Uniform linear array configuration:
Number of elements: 16
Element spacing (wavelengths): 1
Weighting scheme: binomial
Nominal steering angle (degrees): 0
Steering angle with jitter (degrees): -0.5499
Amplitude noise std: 0.05
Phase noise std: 0.05

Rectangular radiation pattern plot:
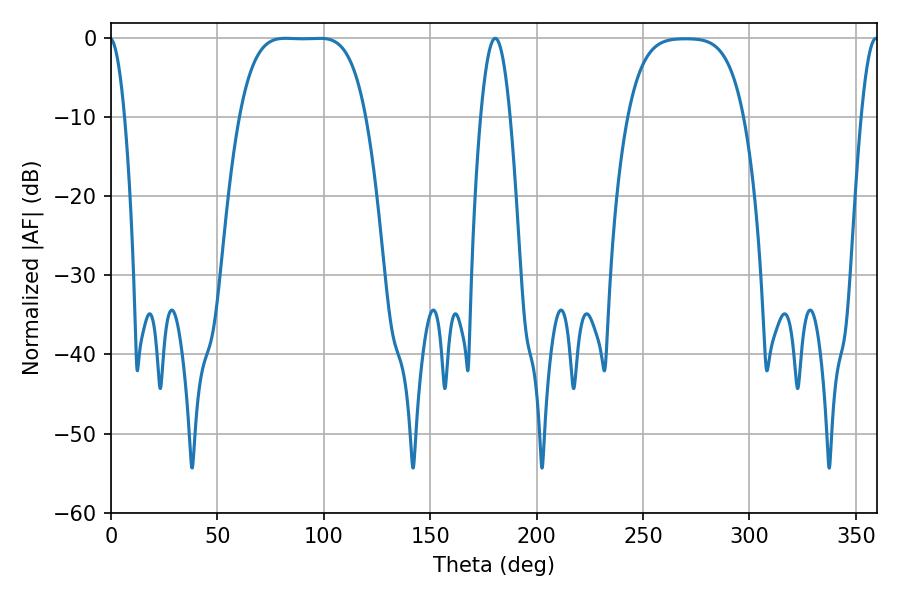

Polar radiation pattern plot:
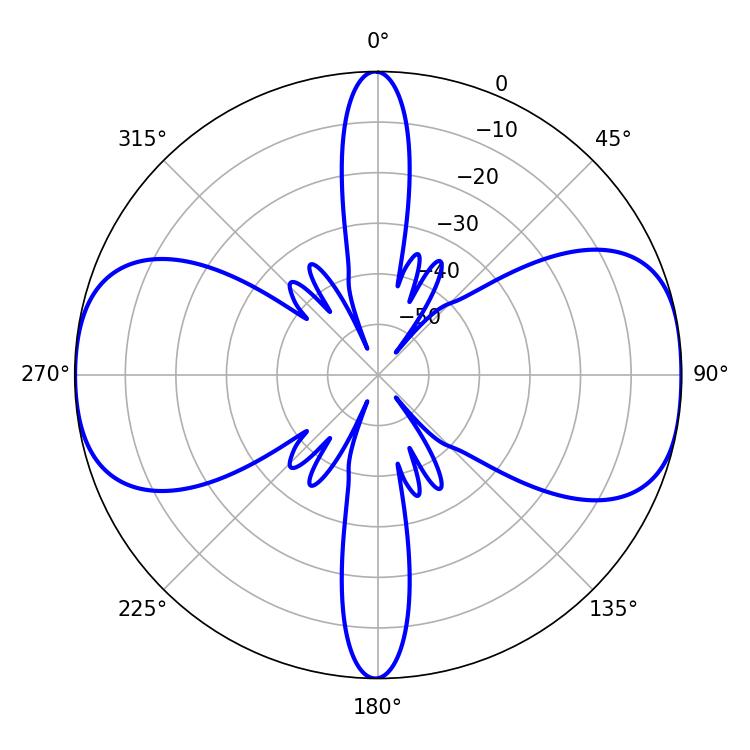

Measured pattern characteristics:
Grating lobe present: TRUE
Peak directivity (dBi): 12.572
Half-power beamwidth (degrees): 45
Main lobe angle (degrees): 82.08